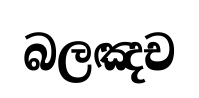
බලඤච